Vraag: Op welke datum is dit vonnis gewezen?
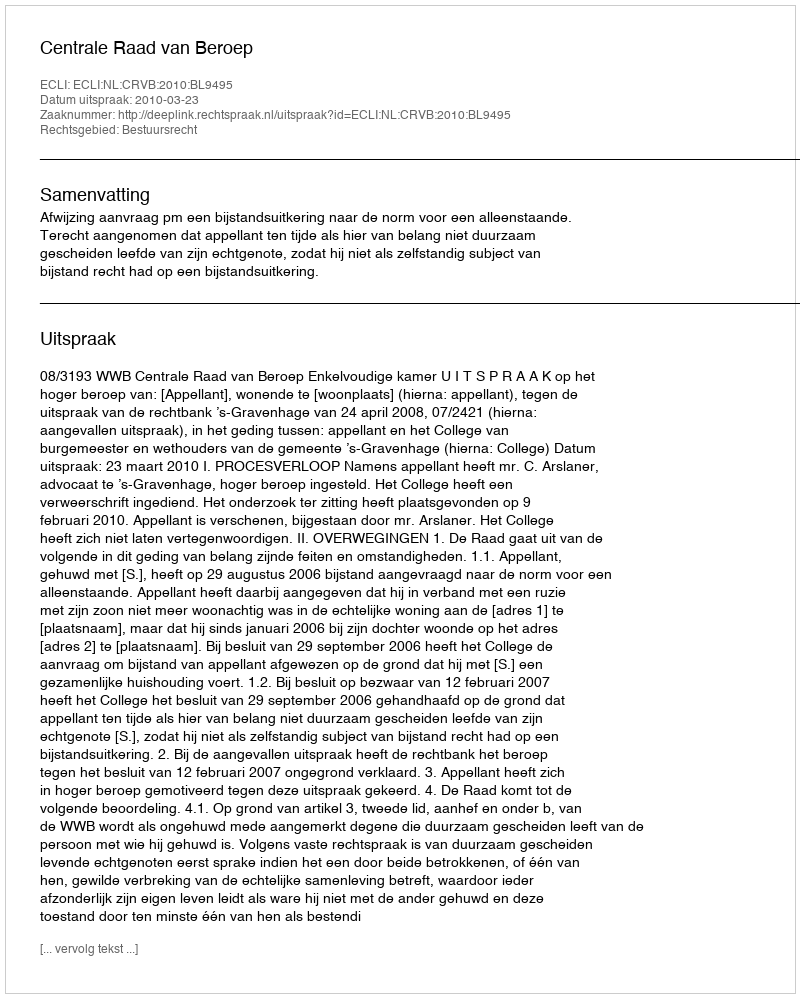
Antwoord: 2010-03-23